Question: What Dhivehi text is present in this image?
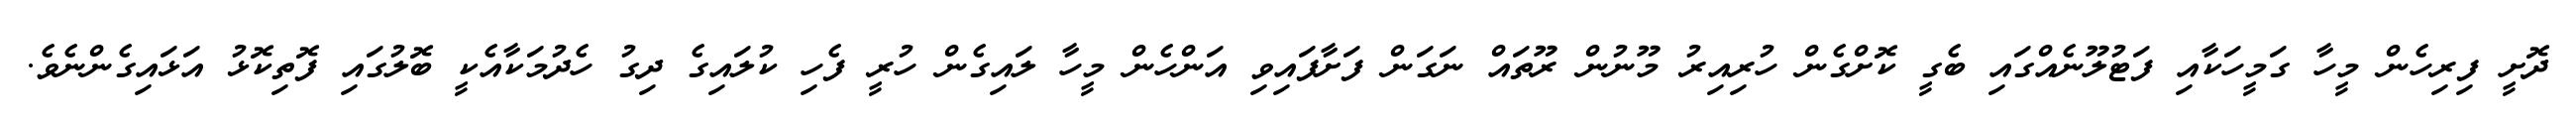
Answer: ދޮށީ ފިރިހެން މީހާ ގަމީހަކާއި ފަޓުލޫނެއްގައި ބެގީ ކޮށްގެން ހުރިއިރު މޫނުން ރޫތައް ނަގަން ފަށާފައިވި އަންހެން މީހާ ލައިގެން ހުރީ ފެހި ކުލައިގެ ދިގު ހެދުމަކާއެކީ ބޮލުގައި ފޮތިކޮޅު އަޅައިގެންނެވެ.